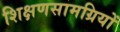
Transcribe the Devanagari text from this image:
शिक्षणसामग्रियों